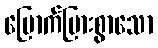
မြောက်မြားစွာသော